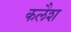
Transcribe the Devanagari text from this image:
कलैश